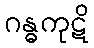
ဂန္ဓကုဋိ